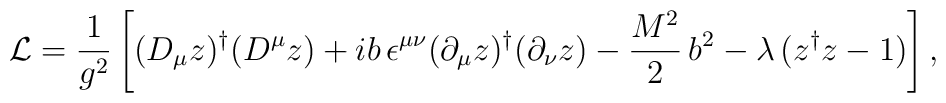
{\cal L}=\frac{1}{g^2}\left[(D_\mu z)^\dagger (D^\mu z)+i b\,\epsilon^{\mu\nu}(\partial_\mu z)^\dagger (\partial_\nu z)-\frac{M^2}{2}\,b^2 -\lambda\,(z^\dagger z -1)\right],